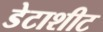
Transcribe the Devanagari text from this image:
डेटाशीट